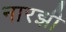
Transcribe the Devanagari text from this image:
नारझी